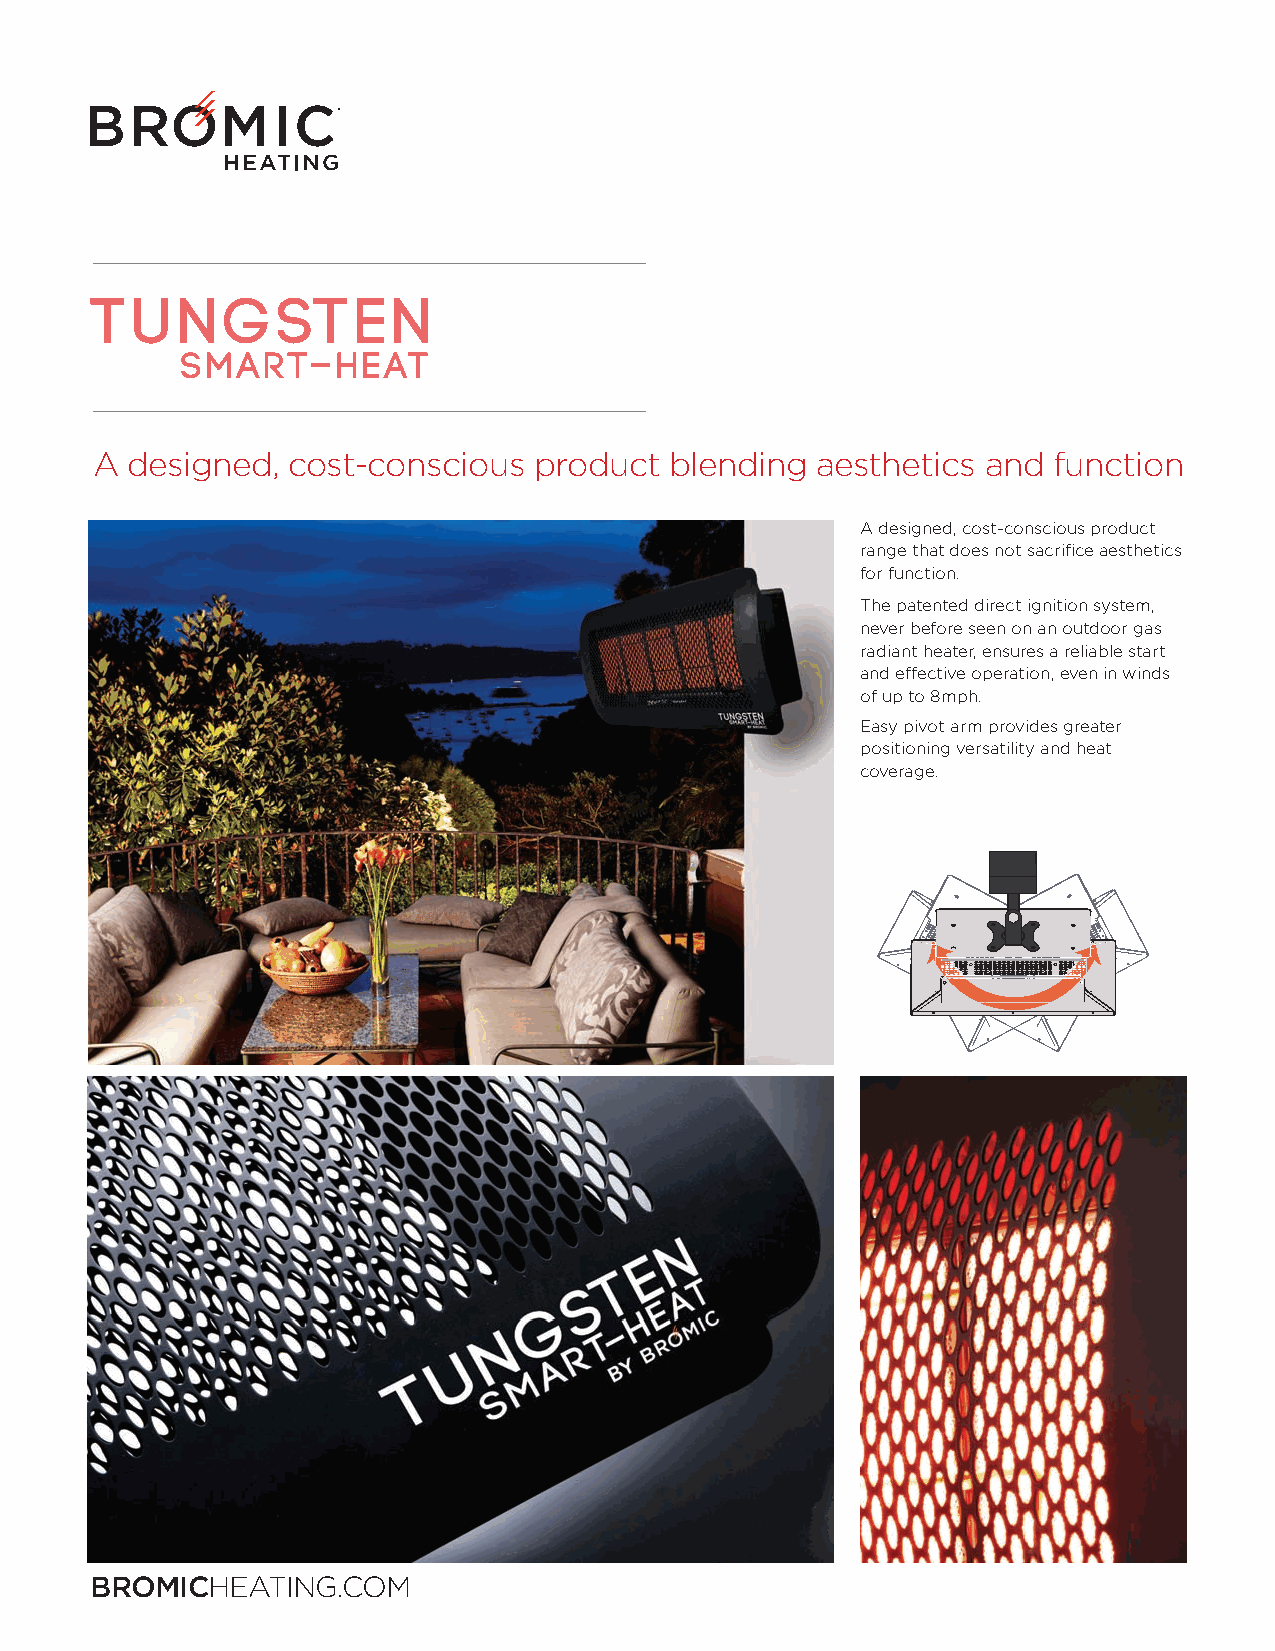
A designed,  cost-conscious  product  blending  aesthetics and  function
 A designed, cost-conscious product
 range that does not sacrifi ce aesthetics
 for function.
 The patented direct ignition system,
 never before seen on an outdoor gas
 radiant heater, ensures a reliable start
 and eff ective operation, even in winds
 of up to 8mph.
 Easy pivot arm provides greater
 positioning versatility and heat
 coverage.
 BROMICHEATING.COM